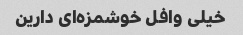
خیلی وافل خوشمزه‌ای دارین